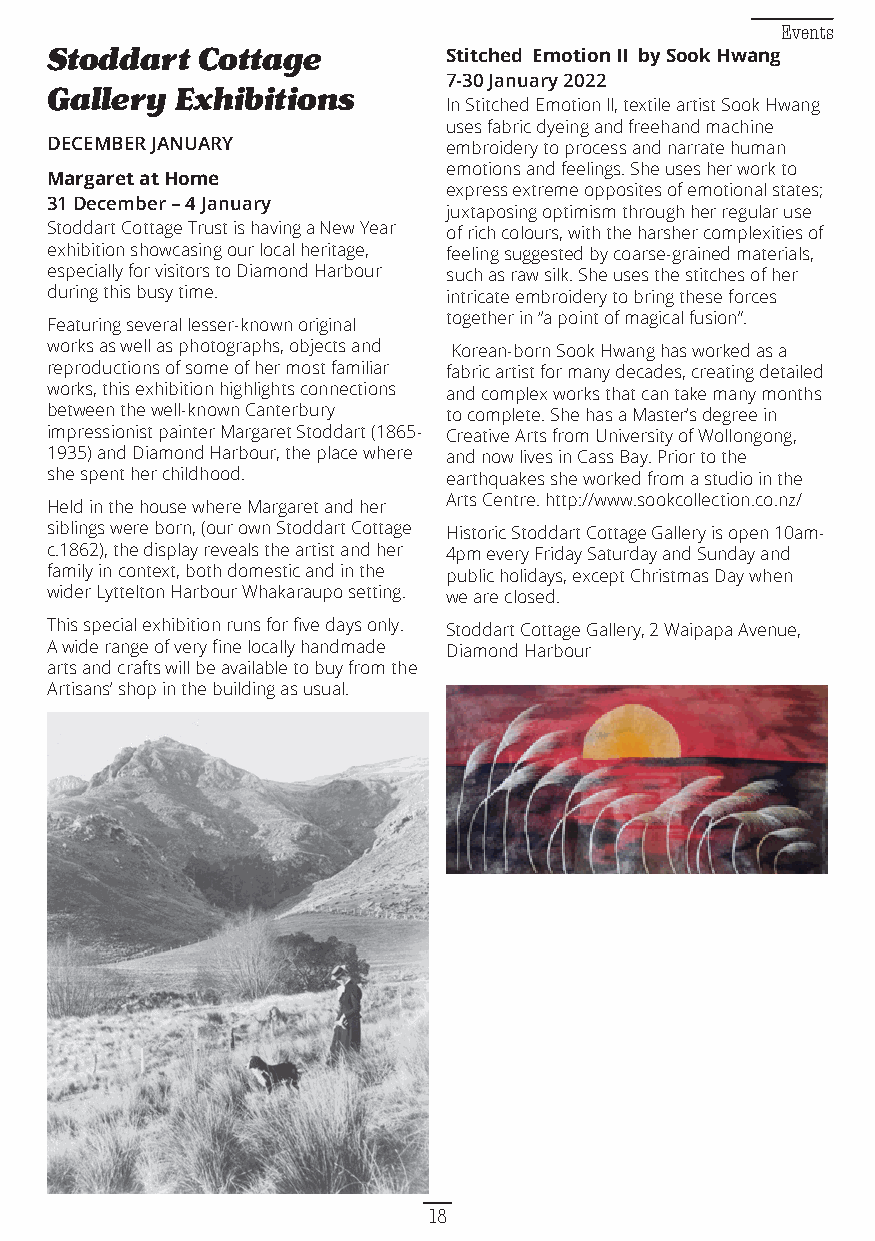
Events
 Stoddart  Cottage          Stitched Emotion II by Sook Hwang
 7-30 January 2022
 Gallery  Exhibitions
 In Stitched Emotion II, textile artist Sook Hwang
 uses fabric dyeing and freehand machine
 DECEMBER JANUARY           embroidery to process and narrate human
 emotions and feelings. She uses her work to
 Margaret at Home
 express extreme opposites of emotional states;
 31 December – 4 January
 juxtaposing optimism through her regular use
 Stoddart Cottage Trust is having a New Year of rich colours, with the harsher complexities of
 exhibition showcasing our local heritage, feeling suggested by coarse-grained materials,
 especially for visitors to Diamond Harbour such as raw silk. She uses the stitches of her
 during this busy time.     intricate embroidery to bring these forces
 together in “a point of magical fusion”.
 Featuring several lesser-known original
 works as well as photographs, objects and Korean-born Sook Hwang has worked as a
 reproductions of some of her most familiar fabric artist for many decades, creating detailed
 works, this exhibition highlights connections and complex works that can take many months
 between the well-known Canterbury to complete. She has a Master’s degree in
 impressionist painter Margaret Stoddart (1865- Creative Arts from University of Wollongong,
 1935) and Diamond Harbour, the place where and now lives in Cass Bay. Prior to the
 she spent her childhood.   earthquakes she worked from a studio in the
 Arts Centre. http://www.sookcollection.co.nz/
 Held in the house where Margaret and her
 siblings were born, (our own Stoddart Cottage Historic Stoddart Cottage Gallery is open 10am-
 c.1862), the display reveals the artist and her 4pm every Friday Saturday and Sunday and
 family in context, both domestic and in the public holidays, except Christmas Day when
 wider Lyttelton Harbour Whakaraupo setting. we are closed.
 This special exhibition runs for five days only. Stoddart Cottage Gallery, 2 Waipapa Avenue,
 A wide range of very fine locally handmade Diamond Harbour
 arts and crafts will be available to buy from the
 Artisans’ shop in the building as usual.
 18